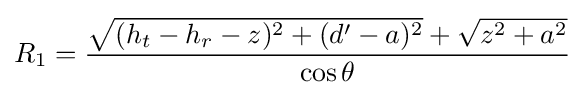
R_{1}={\frac {{\sqrt {(h_{t}-h_{r}-z)^{2}+(d'-a)^{2}}}+{\sqrt {z^{2}+a^{2}}}}{\cos \theta }}